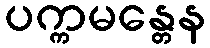
ပက္ကမန္တေန